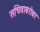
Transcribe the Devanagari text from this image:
सचिवाबरोबर